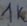
Text: 1K